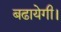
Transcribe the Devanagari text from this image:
बढायेगी।